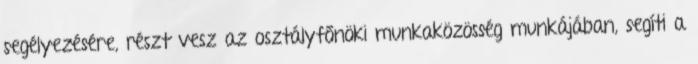
segélyezésére, részt vesz az osztályfőnöki munkaközösség munkájában, segíti a